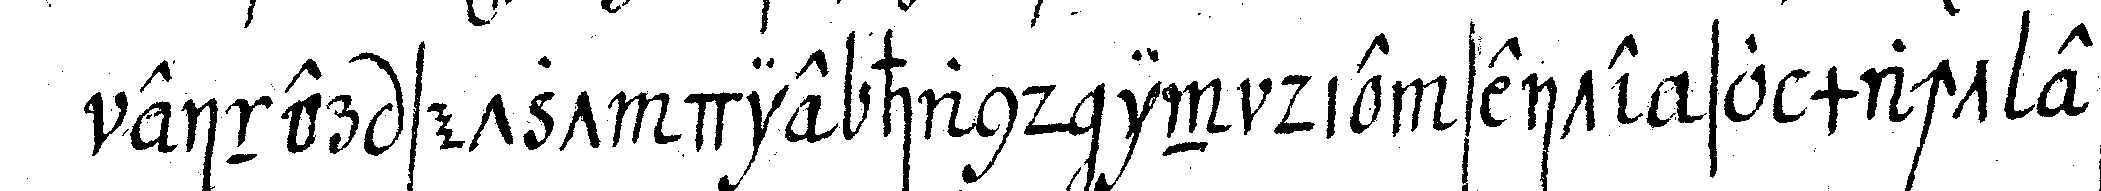
einer setzt die hand in die seite so macht er